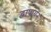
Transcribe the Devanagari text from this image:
द्वापायन